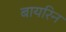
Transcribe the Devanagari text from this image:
बायरिन